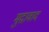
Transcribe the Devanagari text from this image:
मुद्रावाद